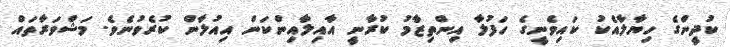
ކުދީންގެ ހިޔާލާއެކު ކައިވެނީގެ ހަފުލާ އިންތިޒާމު ކުރާނީ އާއިލާއިންކަން އިއުލާން ކުރެވުނެވެ. މަޝްވަރާތައް